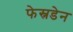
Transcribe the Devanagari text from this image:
फेस्नडेन